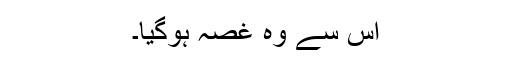
اس سے وہ غصہ ہوگیا۔